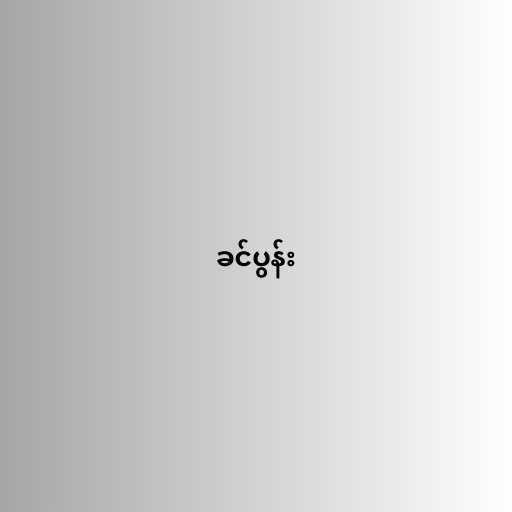
ခင်ပွန်း